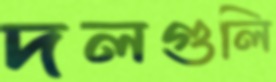
দলগুলি